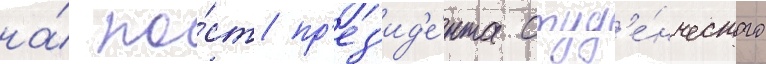
на́ по́ст пр'ез'ид'е́нта студ'е́нческого